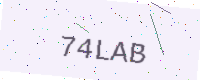
Text: 74LAB